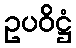
ဥပဝိဋ္ဌံ